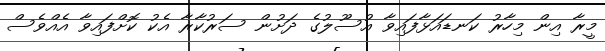
މީރާ އިން މިހާރު ކަނޑައަޅާފައިވާ އުސޫލުގެ ދަށުން ސަރުކާރާ އެކު ކޮށްފައިވާ އެއްވެސް